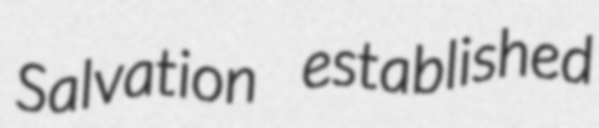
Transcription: Salvation established